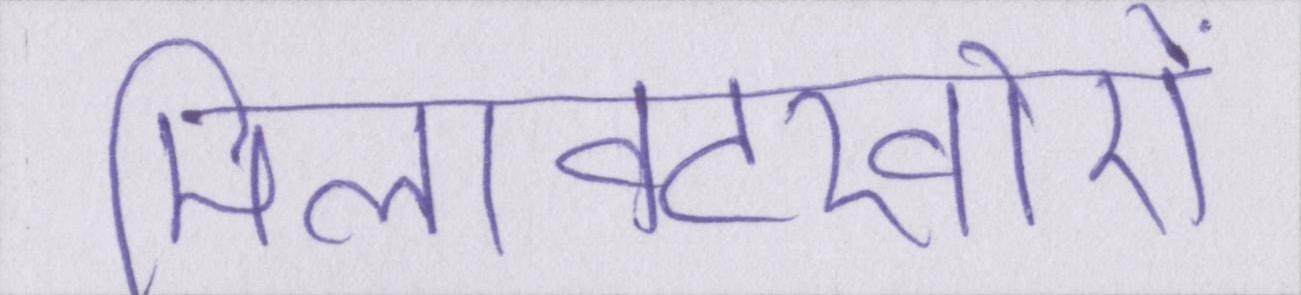
मिलावटखोरों